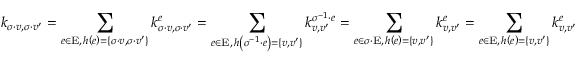
k _ { \sigma \cdot v , \sigma \cdot v ^ { \prime } } = \sum _ { \substack { e \in \mathrm { E } , \, h \left( e \right) = \left\{ \sigma \cdot v , \sigma \cdot v ^ { \prime } \right\} } } k _ { \sigma \cdot v , \sigma \cdot v ^ { \prime } } ^ { e } = \sum _ { \substack { e \in \mathrm { E } , \, h \left( \sigma ^ { - 1 } \cdot e \right) = \left\{ v , v ^ { \prime } \right\} } } k _ { v , v ^ { \prime } } ^ { \sigma ^ { - 1 } \cdot e } = \sum _ { \substack { e \in \sigma \cdot \mathrm { E } , \, h \left( e \right) = \left\{ v , v ^ { \prime } \right\} } } k _ { v , v ^ { \prime } } ^ { e } = \sum _ { \substack { e \in \mathrm { E } , \, h \left( e \right) = \left\{ v , v ^ { \prime } \right\} } } k _ { v , v ^ { \prime } } ^ { e }